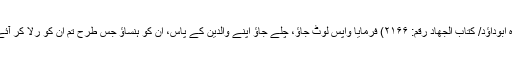
(رواہ ابوداؤد/ کتاب الجھاد رقم: ۲۱۶۶) فرمایا واپس لوٹ جاؤ، چلے جاؤ اپنے والدین کے پاس، ان کو ہنساؤ جس طرح تم ان کو رلا کر آئے ہو۔